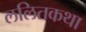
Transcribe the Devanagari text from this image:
ललितकथा